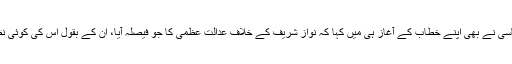
شاہد خاقان عباسی نے بھی اپنے خطاب کے آغاز ہی میں کہا کہ نواز شریف کے خلاف عدالت عظمٰی کا جو فیصلہ آیا، اُن کے بقول اس کی کوئی نظیر نہیں ملتی۔